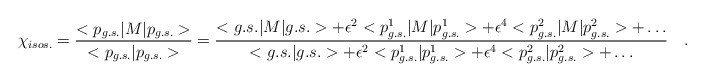
\begin{align*}\chi_{isos.}=\frac{<p_{g.s.}|M|p_{g.s.}>}{<p_{g.s.}|p_{g.s.}>}=\frac{<g.s.|M|g.s.>+\epsilon^{2}<p_{g.s.}^{1}|M|p_{g.s.}^{1}>+\epsilon^{4}<p_{g.s.}^{2}|M|p_{g.s.}^{2}>+\ldots}{<g.s.|g.s.>+\epsilon^{2}<p_{g.s.}^{1}|p_{g.s.}^{1}>+\epsilon^{4}<p_{g.s.}^{2}|p_{g.s.}^{2}>+\ldots}\quad .\end{align*}